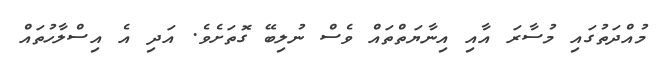
މުއްދަތުގައި މުސާރަ އާއި އިނާޔަތްތައް ވެސް ނުލިބޭ ގޮތަށެވެ. އަދި އެ އިސްލާހުތައް